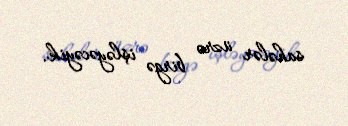
sahələr üzrə birgə işləyəcəyik.